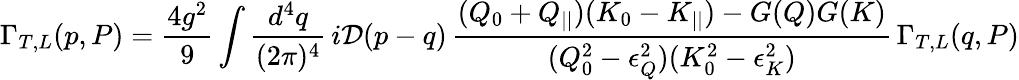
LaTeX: \Gamma_{T,L}(p,P)=\frac{4g^{2}}9\int\frac{d^{4}q}{(2\pi)^{4}}\, i{\cal D}(p-q)\, \frac{(Q_{0}+Q_{||})(K_{0}-K_{||})-G(Q)G(K)}{(Q_{0}^{2}-\epsilon_{Q}^{2})(K_{0}^{2}-\epsilon_{K}^{2})}\, \Gamma_{T,L}(q,P)